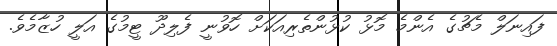
ފައިނަލް މެޗުގެ އެންމެ މޮޅު ކުޅުންތެރިއަކަށް ހޮވުނީ ފެލިދޫ ޓީމުގެ އަލީ ހުޒާމެވެ.